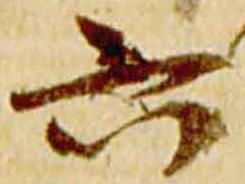
六